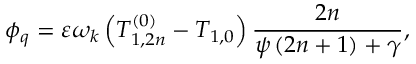
\phi _ { q } = \varepsilon \omega _ { k } \left( T _ { 1 , 2 n } ^ { \left( 0 \right) } - T _ { 1 , 0 } \right) \frac { 2 n } { \psi \left( 2 n + 1 \right) + \gamma } ,